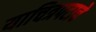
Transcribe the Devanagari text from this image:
याचित्रपटाचे